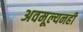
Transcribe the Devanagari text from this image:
अवमूल्यनही